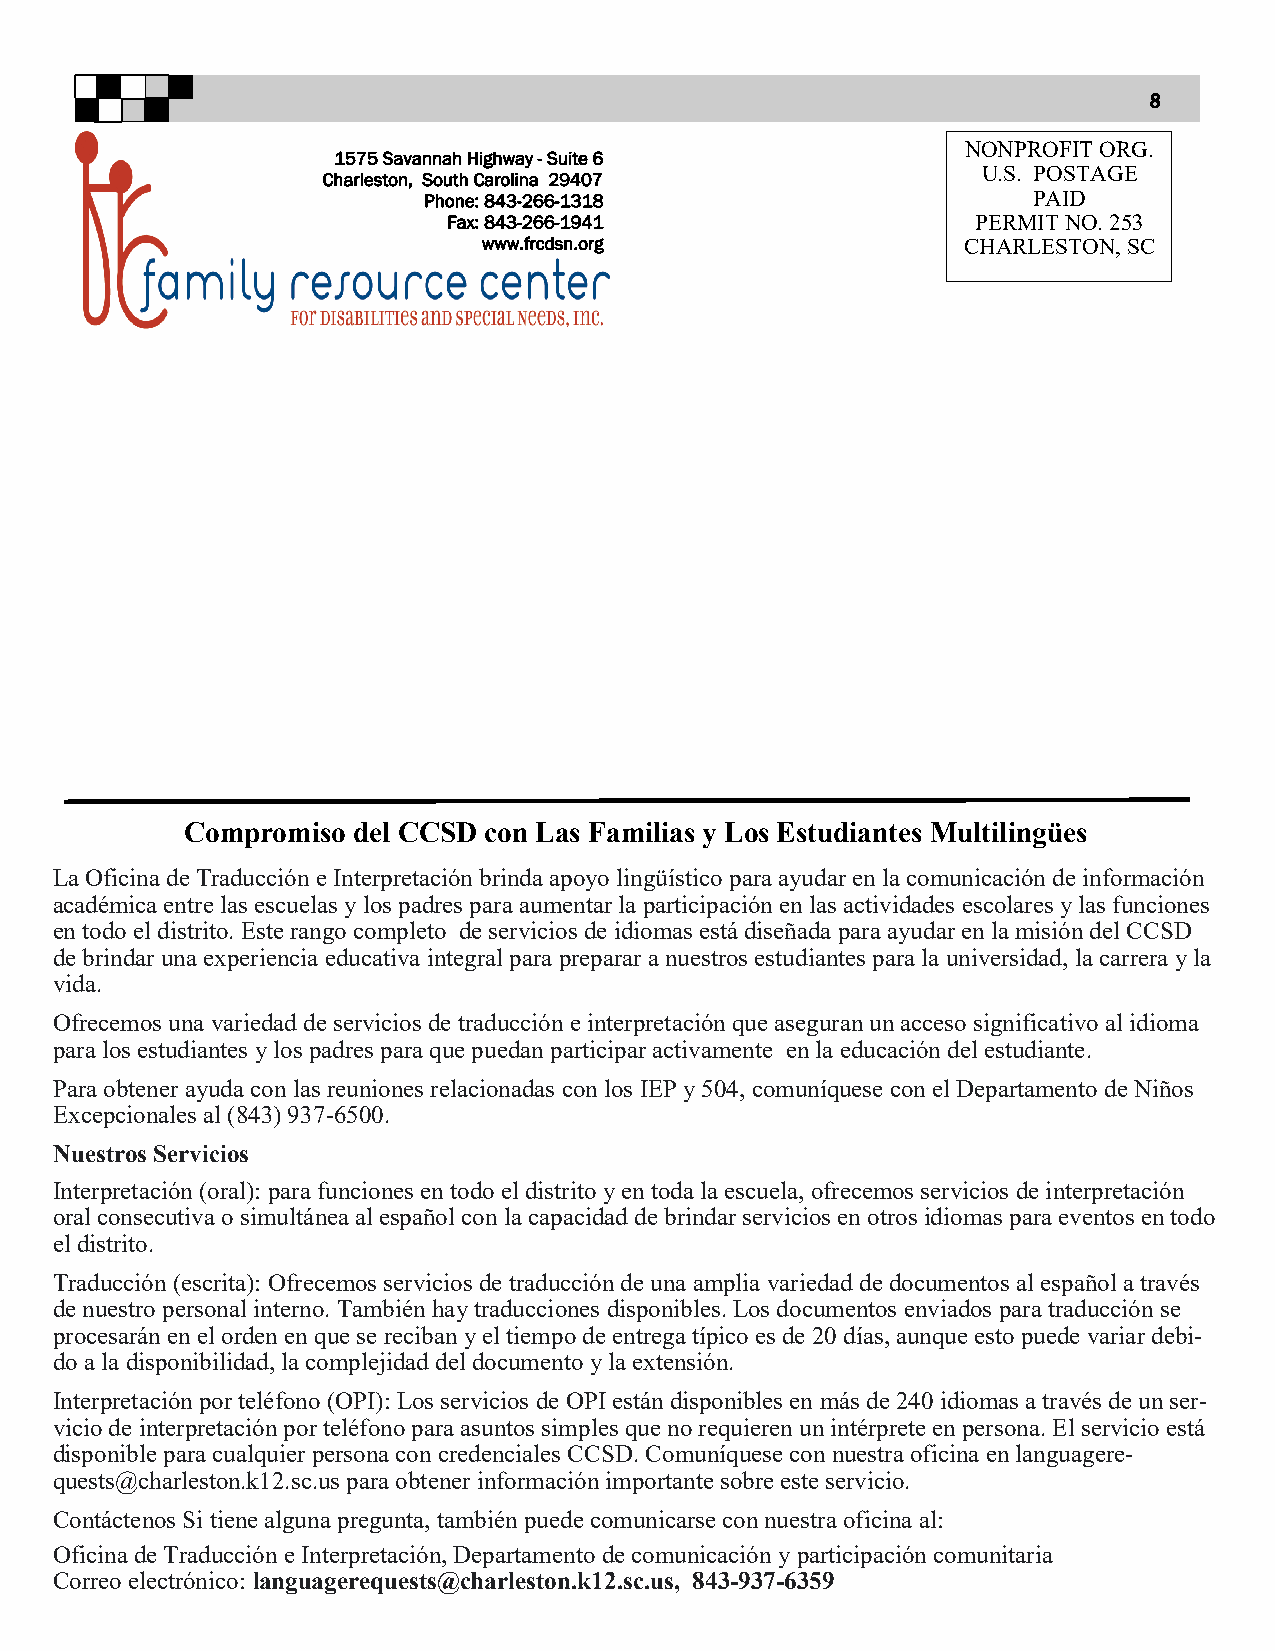
8
 NONPROFIT ORG.
 1575 Savannah Highway - Suite 6
 U.S. POSTAGE
 Charleston, South Carolina 29407
 Phone: 843-266-1318                     PAID
 Fax: 843-266-1941                  PERMIT NO. 253
 www.frcdsn.org                  CHARLESTON, SC
 Compromiso del CCSD con Las Familias y Los Estudiantes Multilingües
 La Oficina de Traducción e Interpretación brinda apoyo lingüístico para ayudar en la comunicación de información
 académica entre las escuelas y los padres para aumentar la participación en las actividades escolares y las funciones
 en todo el distrito. Este rango completo de servicios de idiomas está diseñada para ayudar en la misión del CCSD
 de brindar una experiencia educativa integral para preparar a nuestros estudiantes para la universidad, la carrera y la
 vida.
 Ofrecemos una variedad de servicios de traducción e interpretación que aseguran un acceso significativo al idioma
 para los estudiantes y los padres para que puedan participar activamente en la educación del estudiante.
 Para obtener ayuda con las reuniones relacionadas con los IEP y 504, comuníquese con el Departamento de Niños
 Excepcionales al (843) 937-6500.
 Nuestros Servicios
 Interpretación (oral): para funciones en todo el distrito y en toda la escuela, ofrecemos servicios de interpretación
 oral consecutiva o simultánea al español con la capacidad de brindar servicios en otros idiomas para eventos en todo
 el distrito.
 Traducción (escrita): Ofrecemos servicios de traducción de una amplia variedad de documentos al español a través
 de nuestro personal interno. También hay traducciones disponibles. Los documentos enviados para traducción se
 procesarán en el orden en que se reciban y el tiempo de entrega típico es de 20 días, aunque esto puede variar debi-
 do a la disponibilidad, la complejidad del documento y la extensión.
 Interpretación por teléfono (OPI): Los servicios de OPI están disponibles en más de 240 idiomas a través de un ser-
 vicio de interpretación por teléfono para asuntos simples que no requieren un intérprete en persona. El servicio está
 disponible para cualquier persona con credenciales CCSD. Comuníquese con nuestra oficina en languagere-
 quests@charleston.k12.sc.us para obtener información importante sobre este servicio.
 Contáctenos Si tiene alguna pregunta, también puede comunicarse con nuestra oficina al:
 Oficina de Traducción e Interpretación, Departamento de comunicación y participación comunitaria
 Correo electrónico: languagerequests@charleston.k12.sc.us, 843-937-6359